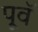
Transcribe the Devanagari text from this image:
पूवॅ